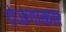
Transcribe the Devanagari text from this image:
रांजणाकार